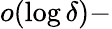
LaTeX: o(\log\delta)-